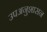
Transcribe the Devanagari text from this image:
उपअनुशासन